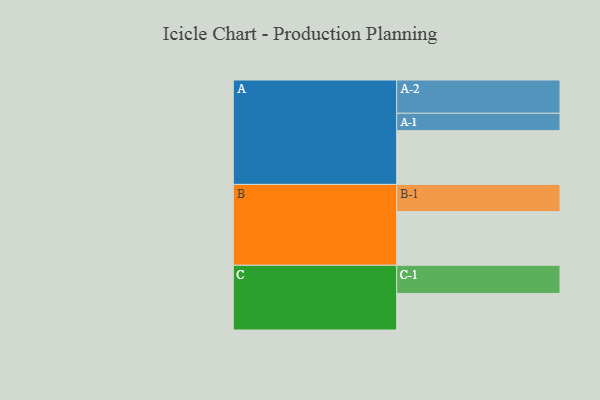
{"axis": {"x": "Segment", "y": "Value"}, "legend": ["", "A", "B", "C"], "data": [{"x": "A", "y": 443, "type": ""}, {"x": "B", "y": 442, "type": ""}, {"x": "C", "y": 301, "type": ""}, {"x": "A-1", "y": 143, "type": "A"}, {"x": "A-2", "y": 274, "type": "A"}, {"x": "B-1", "y": 224, "type": "B"}, {"x": "C-1", "y": 232, "type": "C"}]}